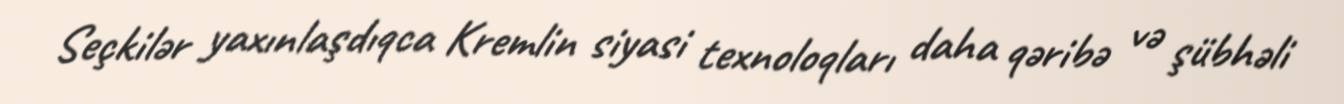
Seçkilər yaxınlaşdıqca Kremlin siyasi texnoloqları daha qəribə və şübhəli